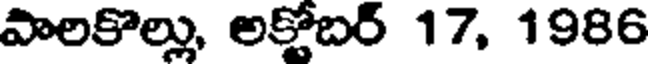
పాలకొల్లు, అక్టోబర్ 17, 1986